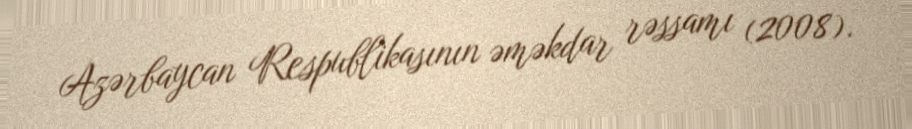
Azərbaycan Respublikasının əməkdar rəssamı (2008).